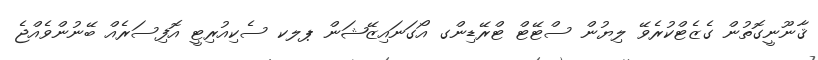
ޤާނޫނީގޮތުން ގެޒެޓްކުރެވޭ ލިޔުން ސްޓޭޓް ޓްރޭޑިންގ އޯގަނައިޒޭޝަން ޕލކ ސެކިއުރިޓީ އޮފިސަރެއް ބޭނުންވެއްޖެ